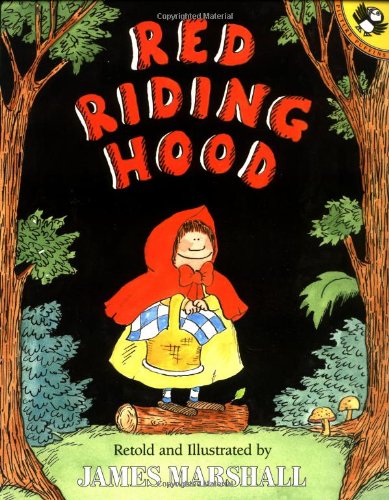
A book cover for Red Riding Hood (retold by James Marshall); Charles Perrault; Children's Books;